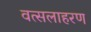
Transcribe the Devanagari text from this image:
वत्सलाहरण